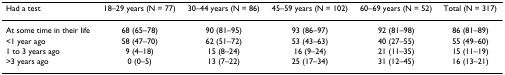
<table><thead><tr><td><b>Had a test</b></td><td><b>18–29 years (N = 77)</b></td><td><b>30–44 years (N = 86)</b></td><td><b>45–59 years (N = 102)</b></td><td><b>60–69 years (N = 52)</b></td><td><b>Total (N = 317)</b></td></tr></thead><tbody><tr><td>At some time in their life</td><td>68 (65–78)</td><td>90 (81–95)</td><td>93 (86–97)</td><td>92 (81–98)</td><td>86 (81–89)</td></tr><tr><td>&lt;1 year ago</td><td>58 (47–70)</td><td>62 (51–72)</td><td>53 (43–63)</td><td>40 (27–55)</td><td>55 (49–60)</td></tr><tr><td>1 to 3 years ago</td><td>9 (4–18)</td><td>15 (8–24)</td><td>16 (9–24)</td><td>21 (11–35)</td><td>15 (11–19)</td></tr><tr><td>&gt;3 years ago</td><td>0 (0–5)</td><td>13 (7–22)</td><td>25 (17–34)</td><td>31 (12–45)</td><td>16 (13–21)</td></tr></tbody></table>